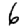
Digit: 6